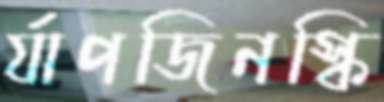
র‍্যাপজিনস্কি